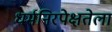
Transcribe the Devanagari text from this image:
धर्मनिरपेक्षतेला